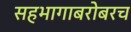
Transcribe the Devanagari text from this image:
सहभागाबरोबरच